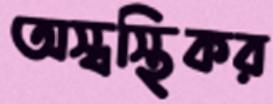
অস্বস্থিকর